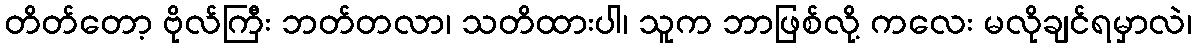
တိတ်တော့ ဗိုလ်ကြီး ဘတ်တလာ၊ သတိထားပါ၊ သူက ဘာဖြစ်လို့ ကလေး မလိုချင်ရမှာလဲ၊